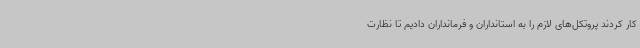
کار کردند پروتکل‌های لازم را به استانداران و فرمانداران دادیم تا نظارت